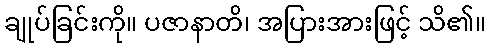
ချုပ်ခြင်းကို။ ပဇာနာတိ၊ အပြားအားဖြင့် သိ၏။